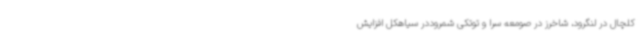
کلچال در لنگرود، شاخرز در صومعه سرا و توتکی شمروددر سیاهکل افزایش